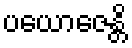
ပယောဇေန္တိ